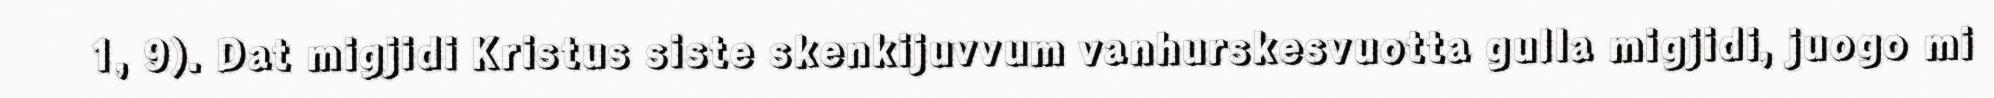
1, 9). Dat migjidi Kristus siste skenkijuvvum vanhurskesvuotta gulla migjidi, juogo mi